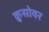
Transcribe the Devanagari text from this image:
क्रुसोवर